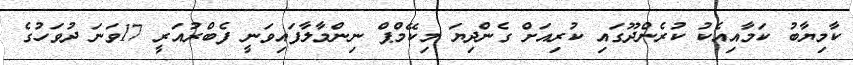
ކާމިޔާބު ކަމާއިއެކު ކުރެންދޫގައި ކުރިއަށް ގެންދިޔަ މިކޭމްޕް ނިންމާލާފައިވަނީ ފެބްރުއަރީ 17ވަނަ ދުވަހުގެ